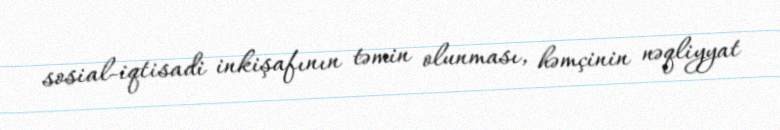
sosial-iqtisadi inkişafının təmin olunması, həmçinin nəqliyyat